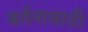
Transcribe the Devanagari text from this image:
वर्तनासाठी